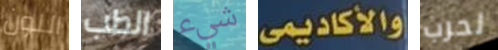
اللون الطب شيء والأكاديمي لحرب